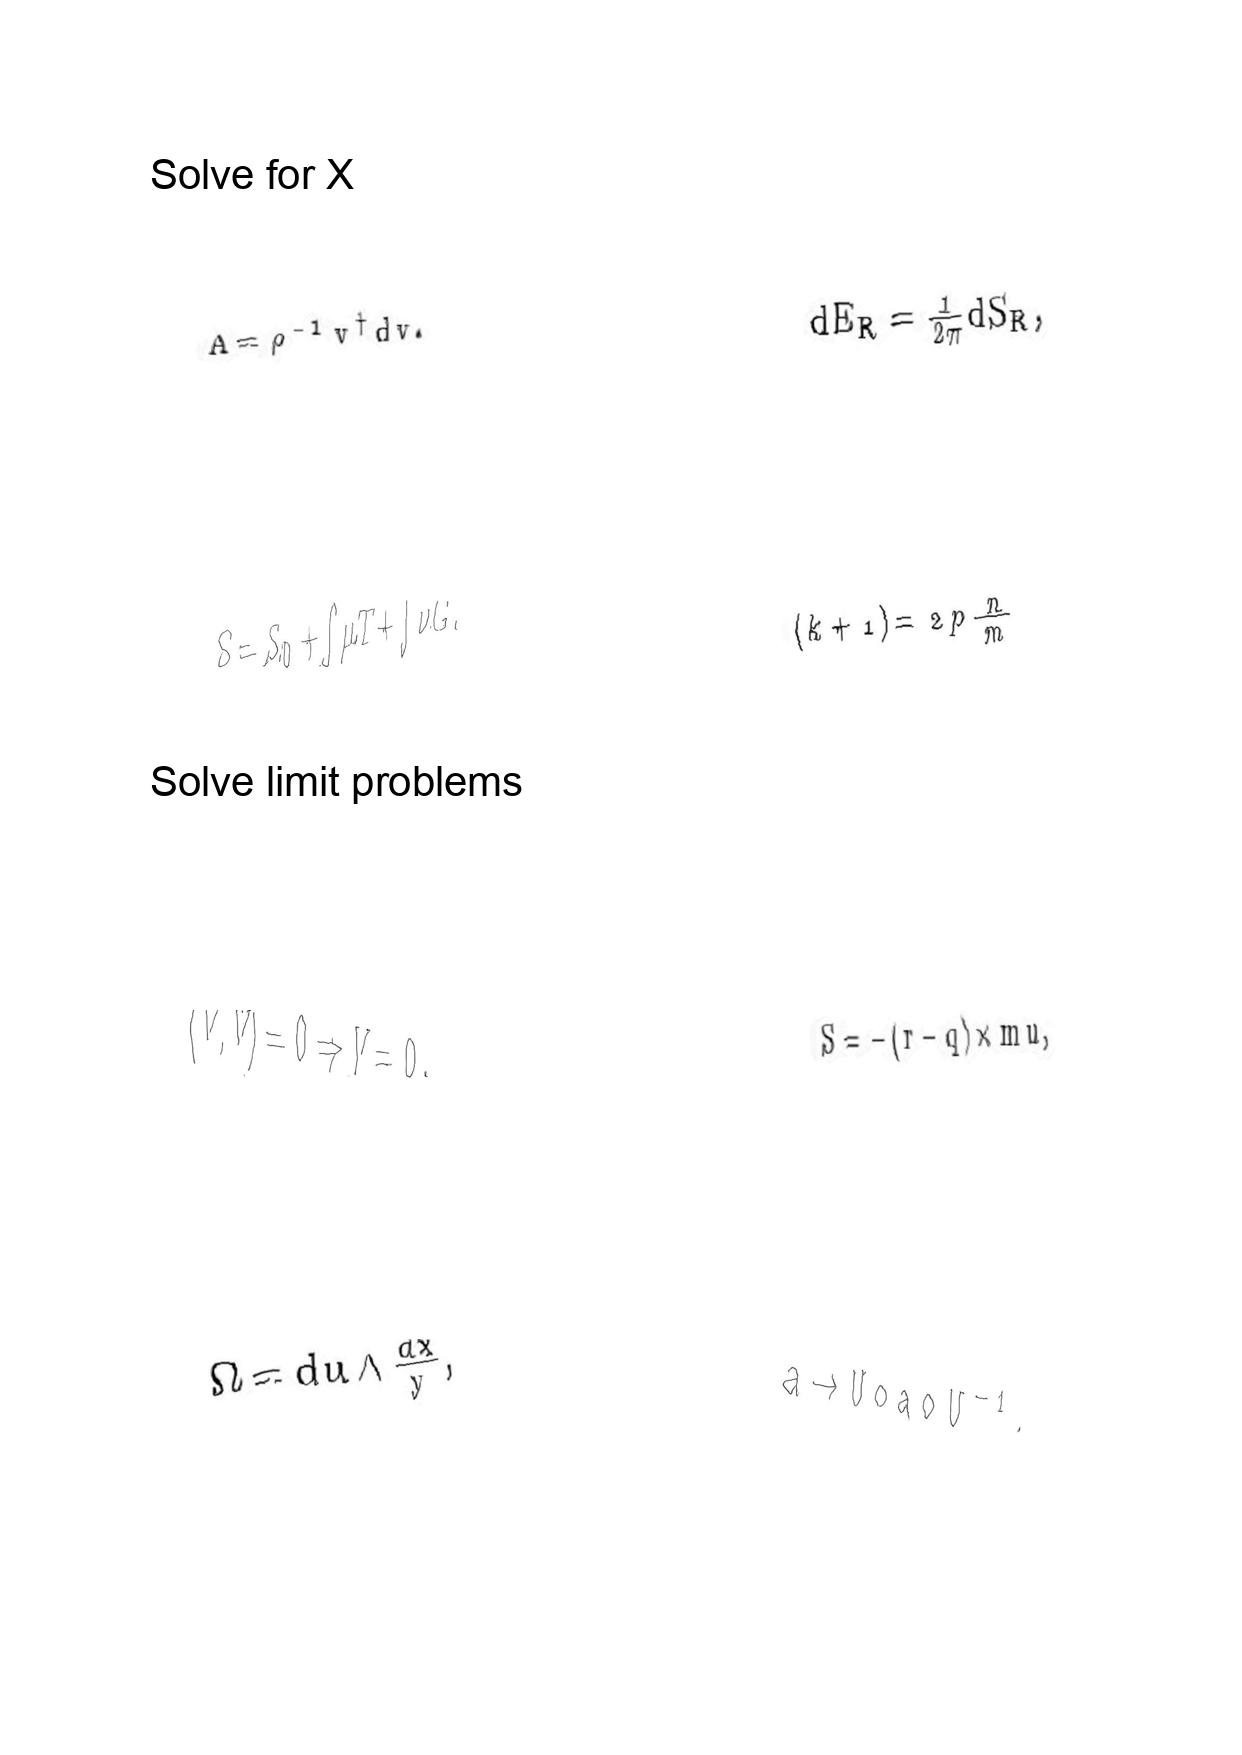
LaTeX transcription:
A = \rho ^ { - 1 } v ^ { \dagger } d v .
S = S _ { 0 } + \int \mu T + \int \nu G .
\langle V , V \rangle = 0 \Rightarrow V = 0 .
\Omega = d u \wedge \frac { d x } { y } ,
d E _ { R } = \frac { 1 } { 2 \pi } d S _ { R } ,
\lparen k + 1 \rparen = 2 p \frac { n } { m }
S = - \lparen r - q \rparen \times m u ,
a \rightarrow U \circ a \circ U ^ { - 1 } ,